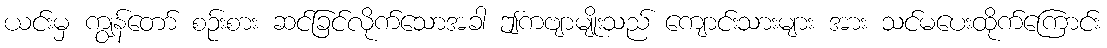
ယင်းမှ ကျွန်တော် စဉ်းစား ဆင်ခြင်လိုက်သောအခါ ဤကဗျာမျိုးသည် ကျောင်းသားများ အား သင်မပေးထိုက်ကြောင်း